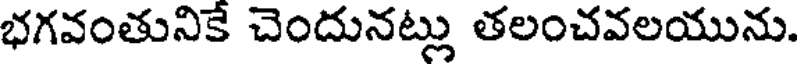
భగవంతునికే చెందునట్లు తలంచవలయును.